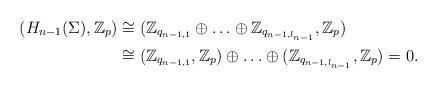
LaTeX: \begin{align*}(H_{n-1}(\Sigma),\mathbb{Z}_p)&\cong(\mathbb{Z}_{q_{n-1,1}}\oplus\ldots\oplus\mathbb{Z}_{q_{n-1,l_{n-1}}},\mathbb{Z}_p)\\&\cong(\mathbb{Z}_{q_{n-1,1}},\mathbb{Z}_p)\oplus\ldots\oplus(\mathbb{Z}_{q_{n-1,l_{n-1}}},\mathbb{Z}_p)=0.\end{align*}